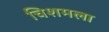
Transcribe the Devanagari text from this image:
चिशमला